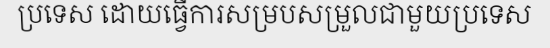
ប្រទេស ដោយធ្វើការសម្របសម្រួលជាមួយប្រទេស